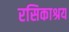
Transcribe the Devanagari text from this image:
रसिकाश्रय